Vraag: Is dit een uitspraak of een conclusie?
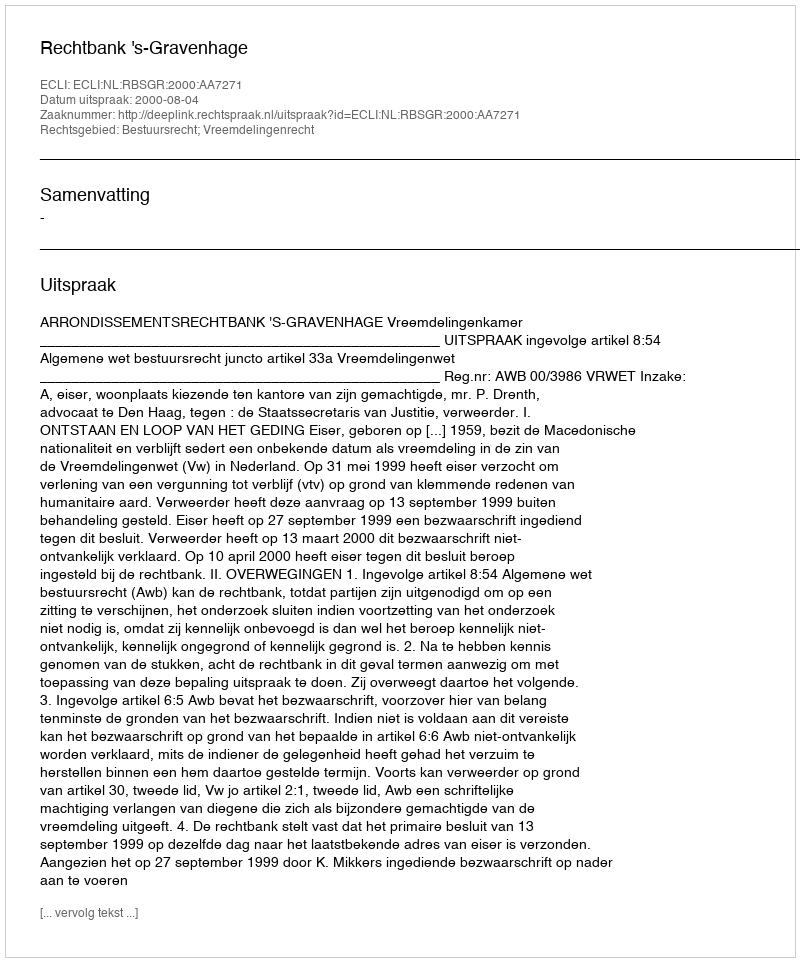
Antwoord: Uitspraak